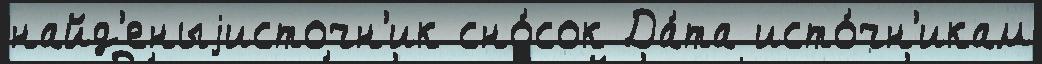
найд'еныjисточн'ик сно́сок Да́та исто́чн'икам